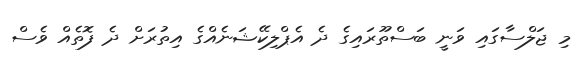
މި ޖަލްސާގައި ވަނީ ބަސްތޫރައިގެ ދެ އެޕްލިކޭޝަނެއްގެ އިތުރަށް ދެ ފޮތެއް ވެސް